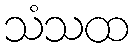
သံသထ